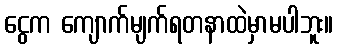
ငွေက ကျောက်မျက်ရတနာထဲမှာမပါဘူး။